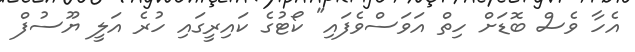
އެހާ ވެސް ބޮޑަށް ހިތް އަވަސްވެފައި" ކޯޓުގެ ކައިރީގައި ހުރެ އަލީ ޔޫސުފް